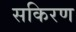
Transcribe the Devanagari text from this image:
सकिरण